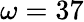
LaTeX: \omega=37